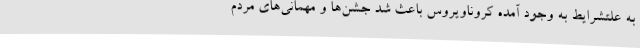
به علتشرایط به وجود آمده کروناویروس باعث شد جشن‌ها و مهمانی‌های مردم